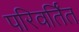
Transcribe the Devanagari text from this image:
परिवर्तिंत